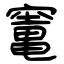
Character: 竃